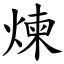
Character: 煉